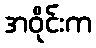
အဝိုင်းက